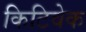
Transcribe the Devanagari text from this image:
किटिवेक